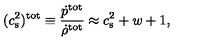
( c _ { \mathrm { s } } ^ { 2 } ) ^ { \mathrm { t o t } } \equiv { \frac { \dot { p } ^ { \mathrm { t o t } } } { \dot { \rho } ^ { \mathrm { t o t } } } } \approx c _ { \mathrm { s } } ^ { 2 } + w + 1 ,